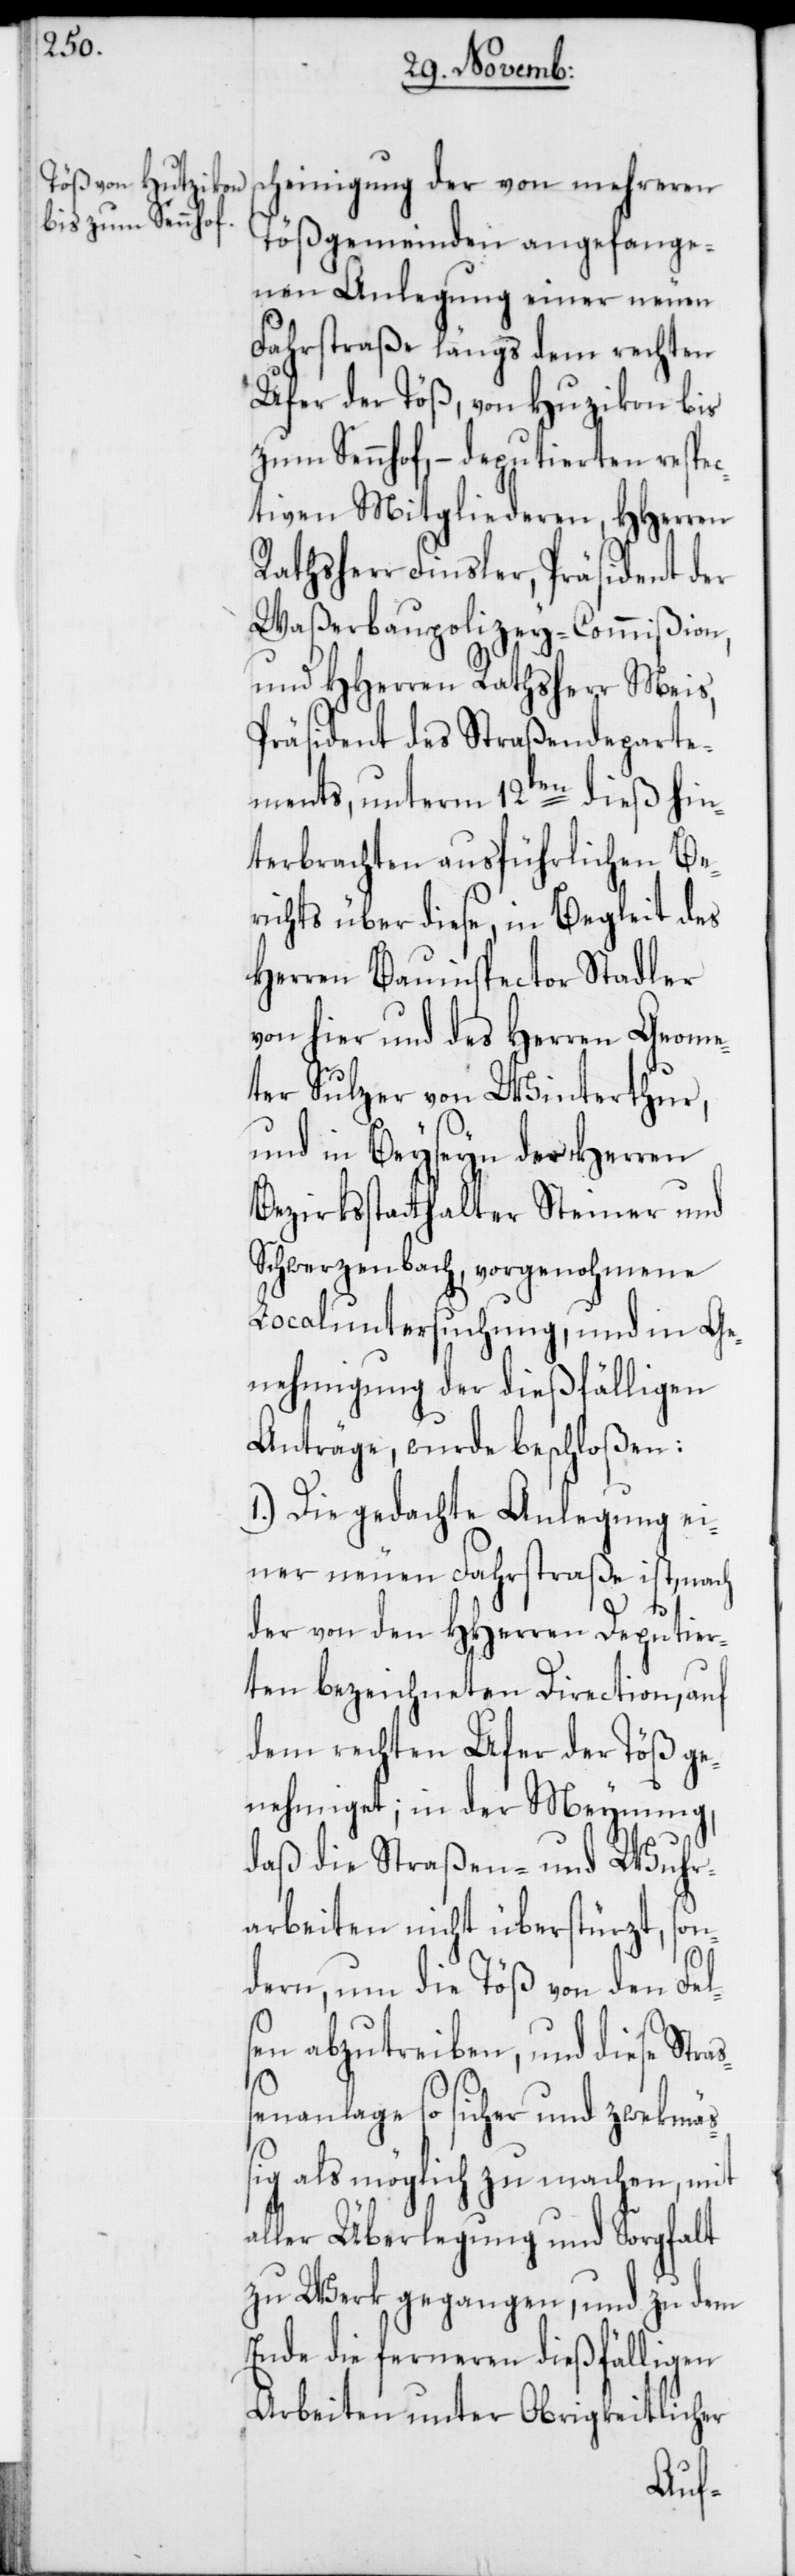
scheinigung der von mehreren
Tößgemeinden angefange¬
nen Anlegung einer neuen
Fahrstraße längs dem rechten
Ufer der Töß, von Huzikon bis
zum Sennhof, – deputierten respec¬
tiven Mitgliederen, HHerren
Rathsherr Finsler, Präsident der
Waßerbaupolizey-Commißion,
und HHerren Rathsherr Meis,
Präsident des Straßendeparte¬
ments, unterm 12ten dieß hin¬
terbrachten ausführlichen Be¬
richts über diese, in Begleit des
Herren Bauinspectors Stadler
von hier und des Herren Geome¬
ter Sulzer von Winterthur,
und in Beyseyn der Herren
Bezirksstatthalter Steiner und
Schwerzenbach, vorgenohmene
Localuntersuchung, und in Ge¬
nehmigung der dießfälligen
Anträge, wurde beschloßen:
1.) Die gedachte Anlegung ei¬
ner neuen Fahrstraße ist, nach
der von den HHerren Deputier¬
ten bezeichneten Direction, auf
dem rechten Ufer der Töß ge¬
nehmiget; in der Meynung,
daß die Straßen- und Wuhr¬
arbeiten nicht überstürzt, son¬
dern, um die Töß von den Fel¬
sen abzutreiben, und diese Stra¬
ßenanlage so sicher und zwekmäß¬
ig als möglich zu machen, mit
aller Überlegung und Sorgfalt
zu Werk gegangen, und zu dem
Ende die ferneren dießfälligen
Arbeiten unter Obrigkeitlicher